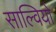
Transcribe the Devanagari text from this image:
साल्वियो